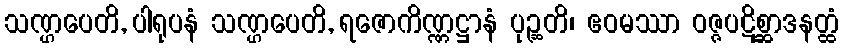
သဏ္ဌပေတိ, ပါရုပနံ သဏ္ဌပေတိ, ရဇောကိဏ္ဏဋ္ဌာနံ ပုဉ္ဆတိ၊ ဧဝမဿာ ဝဇ္ဇပဋိစ္ဆာဒနတ္ထံ